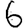
Digit: 6